38_143685_box_Incident_Summaries_101-172
Agency: Department of War
Page 59
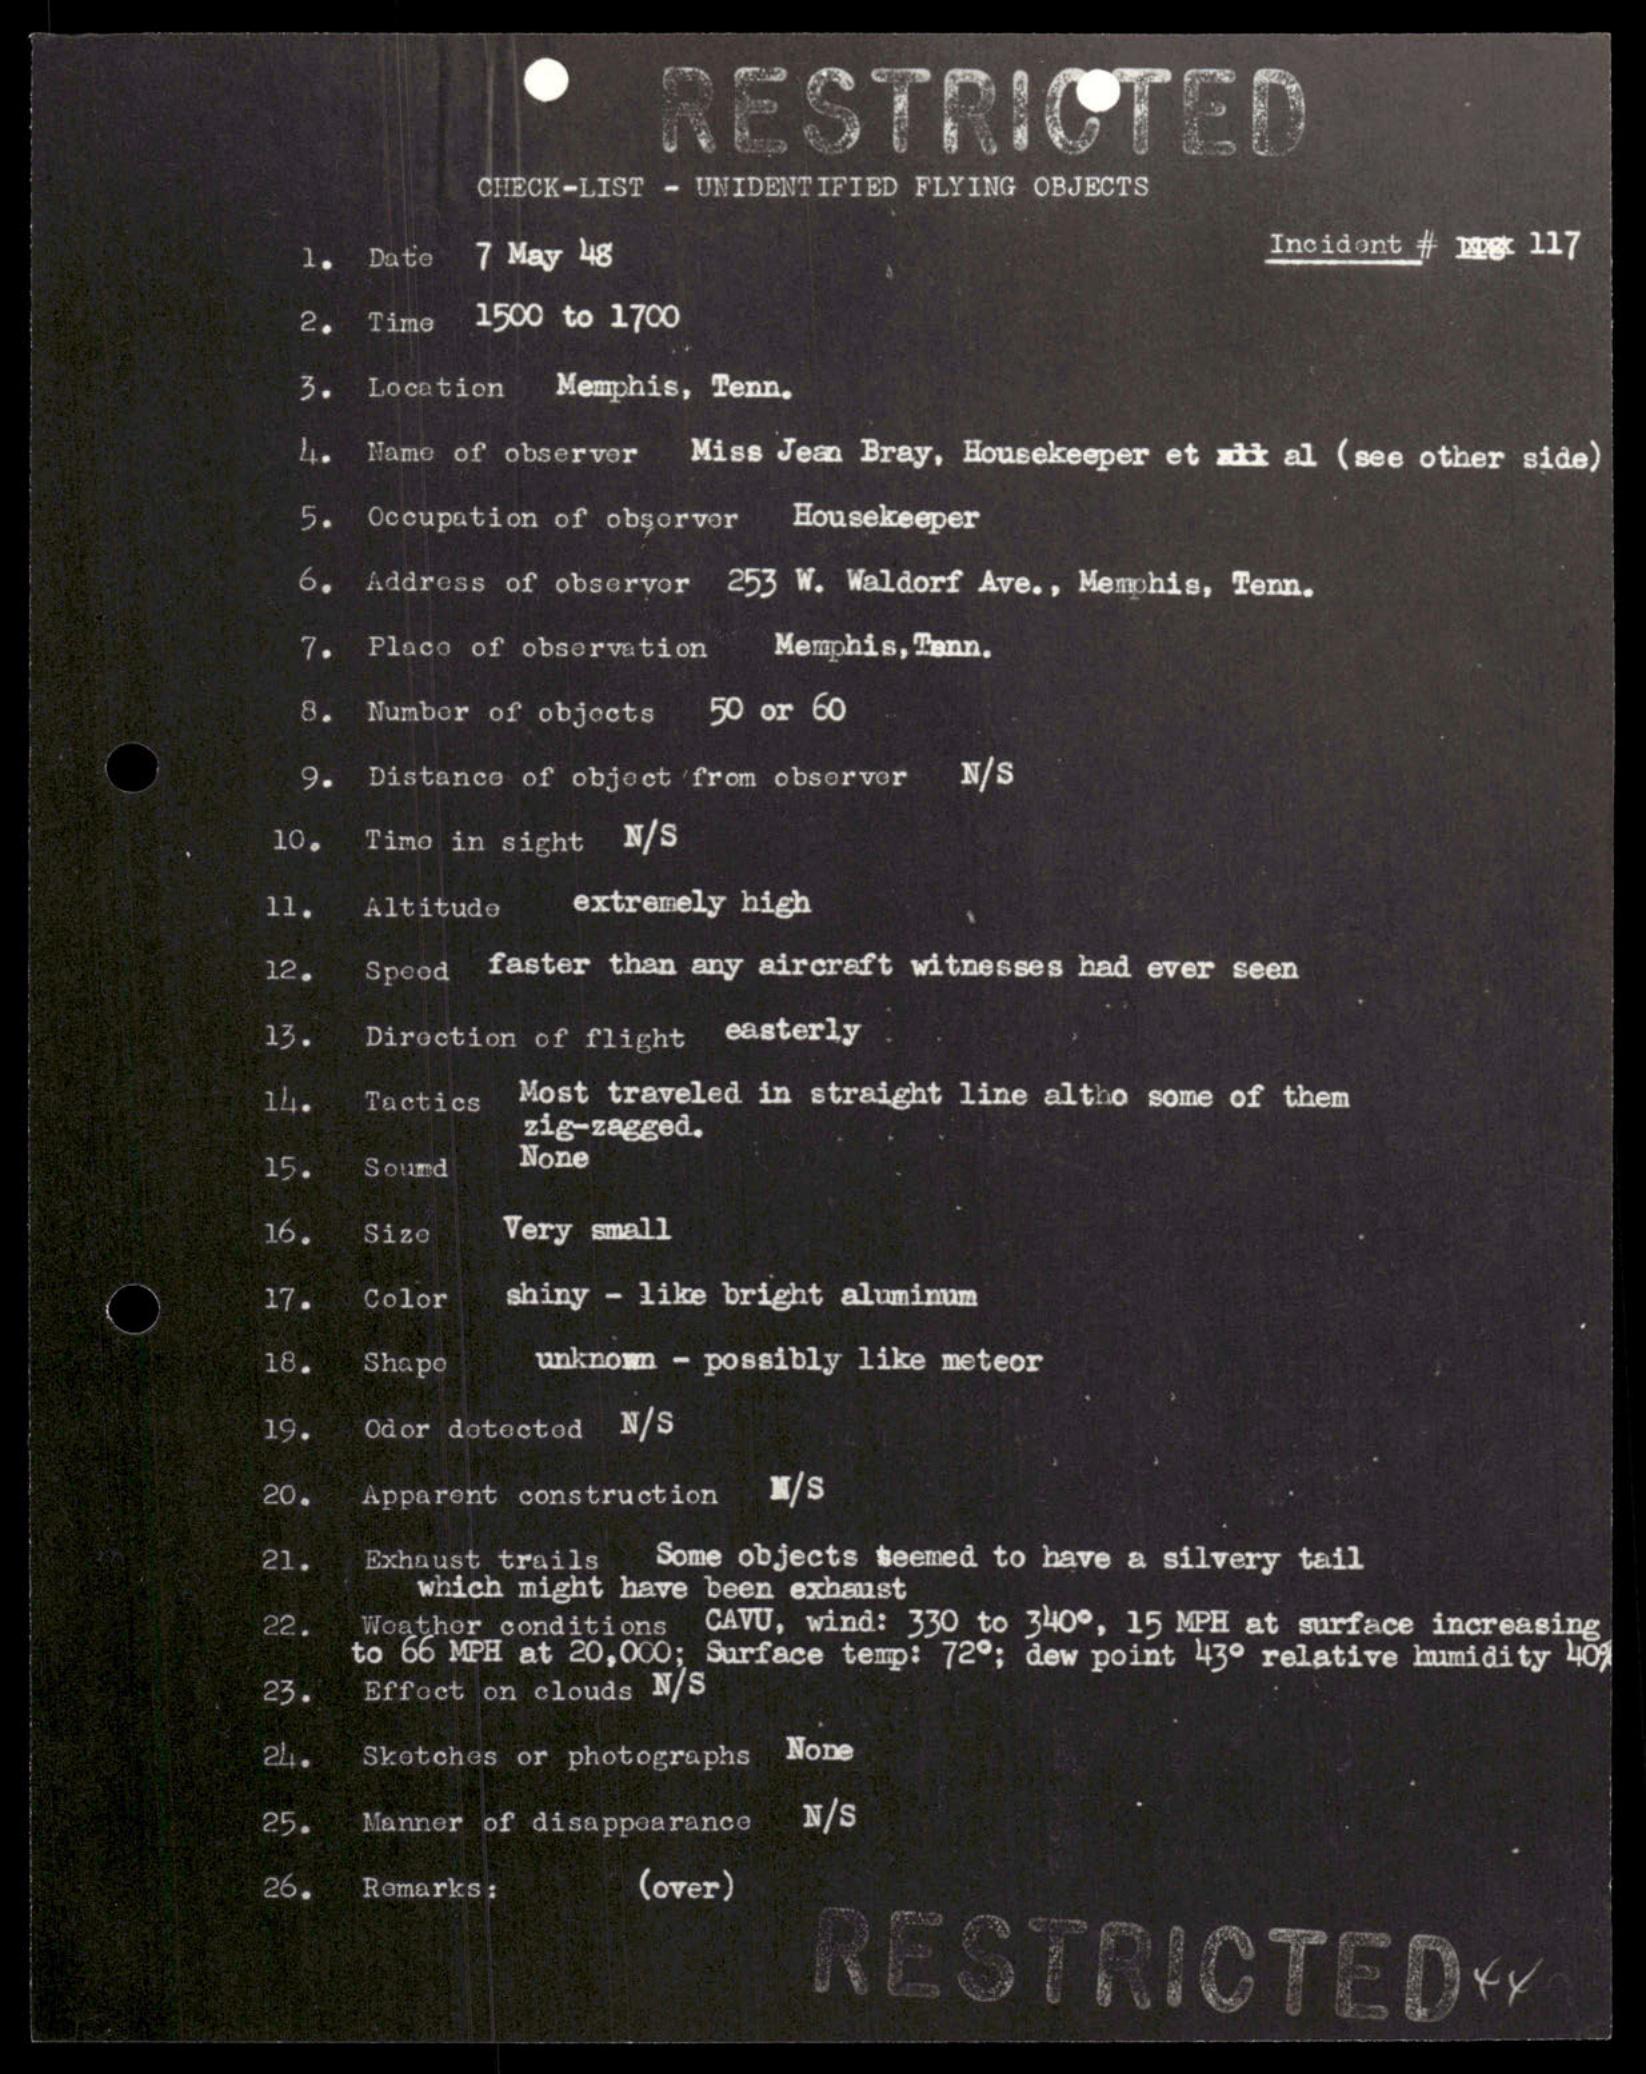